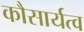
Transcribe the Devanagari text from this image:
कौसार्यत्व